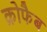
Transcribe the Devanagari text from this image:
क्रोफैब